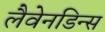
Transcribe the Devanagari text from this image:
लैवेनडिन्स